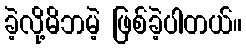
ခဲ့လို့မိဘမဲ့ ဖြစ်ခဲ့ပါတယ်။